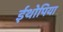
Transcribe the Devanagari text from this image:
ईथोपिया